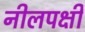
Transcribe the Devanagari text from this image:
नीलपक्षी